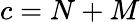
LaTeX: c=N+M